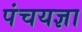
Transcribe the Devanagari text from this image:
पंचयज्ञा